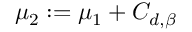
\mu _ { 2 } : = \mu _ { 1 } + C _ { d , \beta }